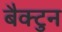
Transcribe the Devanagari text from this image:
बैक्टुन